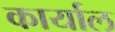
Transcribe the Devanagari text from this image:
कार्याल